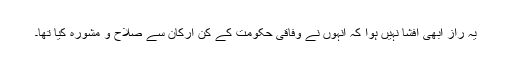
یہ راز ابھی افشا نہیں ہوا کہ انہوں نے وفاقی حکومت کے کن ارکان سے صلاح و مشورہ کیا تھا۔